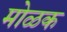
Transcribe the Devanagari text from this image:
मोळक